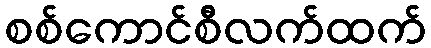
စစ်ကောင်စီလက်ထက်